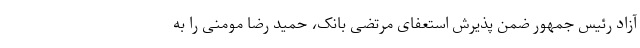
آزاد رئیس جمهور ضمن پذیرش استعفای مرتضی بانک، حمید رضا مومنی را به